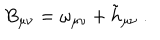
B _ { \mu \nu } = \omega _ { \mu \nu } + \tilde { h } _ { \mu \nu } \ .